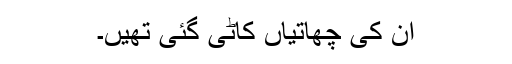
ان کی چھاتیاں کاٹی گئی تھیں۔